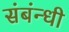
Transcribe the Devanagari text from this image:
संबंन्धी